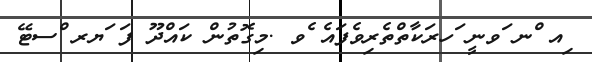
ިއ ްނ ަވނީ ަހރަކާތްތެރިވެފައެ ެވ .މިގޮތުން ކައްދޫ ފަ ަޔރ ްސޓޭ